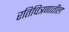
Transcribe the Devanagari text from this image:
रतिचित्रणातील